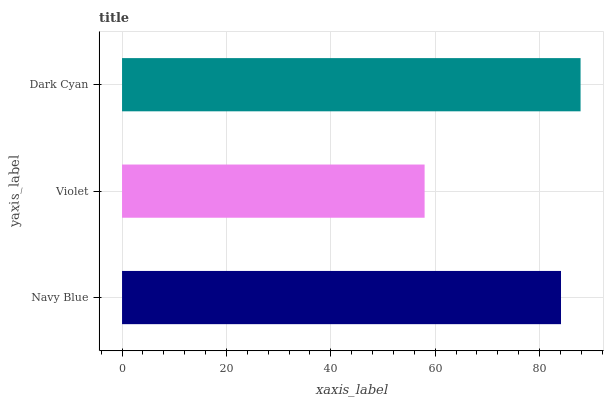
| yaxis_label | bars |
 | --- | --- |
 | Navy Blue | 84.1 |
 | Violet | 58 |
 | Dark Cyan | 87.9 |